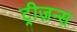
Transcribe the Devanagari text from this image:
ट्रीज़न्स